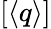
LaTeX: [\langle q\rangle]